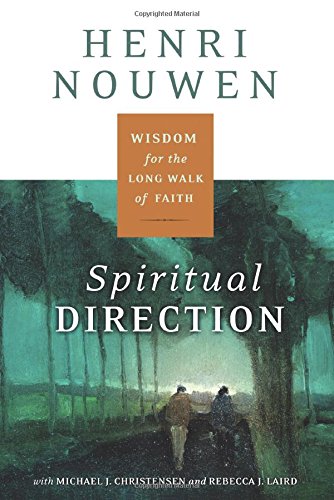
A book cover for Spiritual Direction: Wisdom for the Long Walk of Faith; Henri J. M. Nouwen; Christian Books & Bibles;